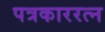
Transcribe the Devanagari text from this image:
पत्रकाररत्न